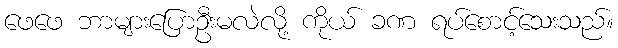
ဖေဖေ ဘာများပြောဦးမလဲလို့ ကိုယ် ခဏ ရပ်စောင့်သေးသည်။